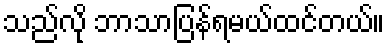
သည်လို ဘာသာပြန်ရမယ်ထင်တယ်။